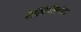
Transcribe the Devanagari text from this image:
रेस्टिसिलेटा